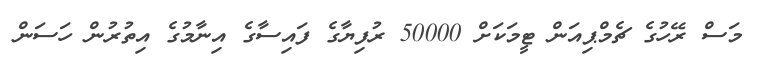
މަސް ރޭހުގެ ޗެމްޕިއަން ޓީމަކަށް 50000 ރުފިޔާގެ ފައިސާގެ އިނާމުގެ އިތުރުން ހަސަން